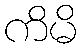
ကိမိ